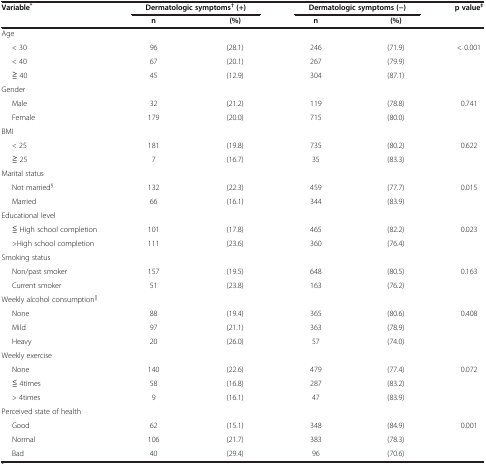
<table><thead><tr><td rowspan="2"><b>Variable<sup>*</sup></b></td><td colspan="2"><b>Dermatologic symptoms<sup>†</sup>(+)</b></td><td colspan="2"><b>Dermatologic symptoms (−)</b></td><td rowspan="2"><b>p value<sup>‡</sup></b></td></tr><tr><td><b>n</b></td><td><b>(%)</b></td><td><b>n</b></td><td><b>(%)</b></td></tr></thead><tbody><tr><td colspan="6">Age</td></tr><tr><td>&lt; 30</td><td>96</td><td>(28.1)</td><td>246</td><td>(71.9)</td><td>&lt; 0.001</td></tr><tr><td>&lt; 40</td><td>67</td><td>(20.1)</td><td>267</td><td>(79.9)</td><td> </td></tr><tr><td>≧ 40</td><td>45</td><td>(12.9)</td><td>304</td><td>(87.1)</td><td> </td></tr><tr><td colspan="6">Gender</td></tr><tr><td>Male</td><td>32</td><td>(21.2)</td><td>119</td><td>(78.8)</td><td>0.741</td></tr><tr><td>Female</td><td>179</td><td>(20.0)</td><td>715</td><td>(80.0)</td><td> </td></tr><tr><td colspan="6">BMI</td></tr><tr><td>&lt; 25</td><td>181</td><td>(19.8)</td><td>735</td><td>(80.2)</td><td>0.622</td></tr><tr><td>≧ 25</td><td>7</td><td>(16.7)</td><td>35</td><td>(83.3)</td><td> </td></tr><tr><td colspan="6">Marital status</td></tr><tr><td>Not married<sup>§</sup></td><td>132</td><td>(22.3)</td><td>459</td><td>(77.7)</td><td>0.015</td></tr><tr><td>Married</td><td>66</td><td>(16.1)</td><td>344</td><td>(83.9)</td><td> </td></tr><tr><td colspan="6">Educational level</td></tr><tr><td>≦ High school completion</td><td>101</td><td>(17.8)</td><td>465</td><td>(82.2)</td><td>0.023</td></tr><tr><td>&gt;High school completion</td><td>111</td><td>(23.6)</td><td>360</td><td>(76.4)</td><td> </td></tr><tr><td colspan="6">Smoking status</td></tr><tr><td>Non/past smoker</td><td>157</td><td>(19.5)</td><td>648</td><td>(80.5)</td><td>0.163</td></tr><tr><td>Current smoker</td><td>51</td><td>(23.8)</td><td>163</td><td>(76.2)</td><td> </td></tr><tr><td colspan="6">Weekly alcohol consumption<sup>||</sup></td></tr><tr><td>None</td><td>88</td><td>(19.4)</td><td>365</td><td>(80.6)</td><td>0.408</td></tr><tr><td>Mild</td><td>97</td><td>(21.1)</td><td>363</td><td>(78.9)</td><td> </td></tr><tr><td>Heavy</td><td>20</td><td>(26.0)</td><td>57</td><td>(74.0)</td><td> </td></tr><tr><td colspan="6">Weekly exercise</td></tr><tr><td>None</td><td>140</td><td>(22.6)</td><td>479</td><td>(77.4)</td><td>0.072</td></tr><tr><td>≦ 4times</td><td>58</td><td>(16.8)</td><td>287</td><td>(83.2)</td><td> </td></tr><tr><td>&gt; 4times</td><td>9</td><td>(16.1)</td><td>47</td><td>(83.9)</td><td> </td></tr><tr><td colspan="6">Perceived state of health</td></tr><tr><td>Good</td><td>62</td><td>(15.1)</td><td>348</td><td>(84.9)</td><td>0.001</td></tr><tr><td>Normal</td><td>106</td><td>(21.7)</td><td>383</td><td>(78.3)</td><td> </td></tr><tr><td>Bad</td><td>40</td><td>(29.4)</td><td>96</td><td>(70.6)</td><td> </td></tr></tbody></table>